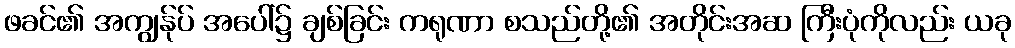
ဖခင်၏ အကျွန်ုပ် အပေါ်၌ ချစ်ခြင်း ကရုဏာ စသည်တို့၏ အတိုင်းအဆ ကြီးပုံကိုလည်း ယခု